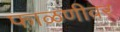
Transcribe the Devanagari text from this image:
फाळणीवर